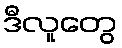
ဒီလူတွေ